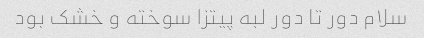
سلام دور تا دور لبه پیتزا سوخته و خشک بود